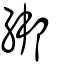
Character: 綁